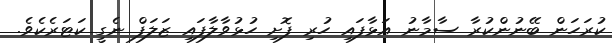
ކުރަހަން ބޭނުންކުރާ ސާމާނު އަޅާފައި ހުރި ފޮށި ހުޅުވާލާފައި ޒަލަފް ނެގީ ކަޓަރެކެވެ.